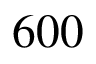
6 0 0